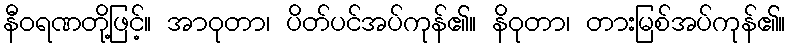
နီဝရဏတို့ဖြင့်။ အာဝုတာ၊ ပိတ်ပင်အပ်ကုန်၏။ နိဝုတာ၊ တားမြစ်အပ်ကုန်၏။